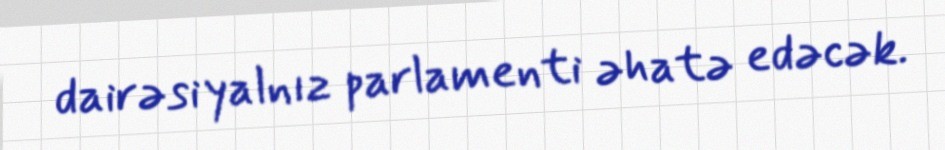
dairəsi yalnız parlamenti əhatə edəcək.